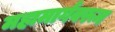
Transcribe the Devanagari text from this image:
महामार्गवरून